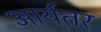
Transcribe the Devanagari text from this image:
आर्यतर